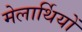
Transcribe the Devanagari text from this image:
मेलार्थियों